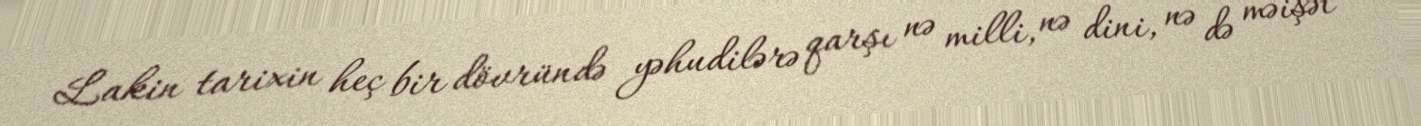
Lakin tarixin heç bir dövründə yəhudilərə qarşı nə milli, nə dini, nə də məişət